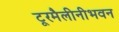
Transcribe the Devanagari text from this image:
टूरमैलीनीभवन